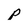
Character: p